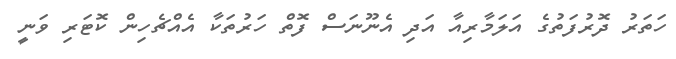
ހަތަރު ދޮރުފަތުގެ އަލަމާރިއާ އަދި އެނޫނަސް ފޮތް ހަރުތަކާ އެއްޗެހިން ކޮޓަރި ވަނީ